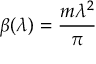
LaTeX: \beta ( \lambda ) = \frac { m \lambda ^ { 2 } } { \pi }